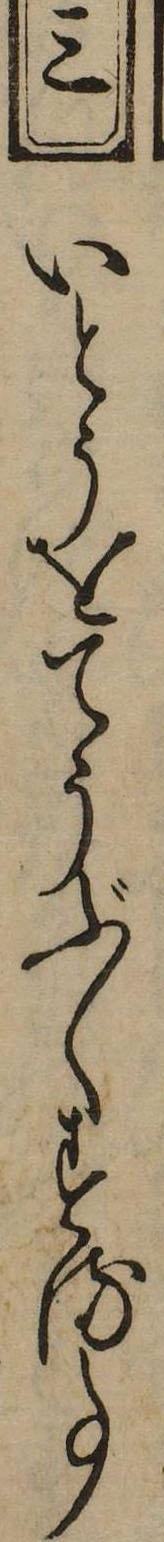
三いとうをてうぶくする事